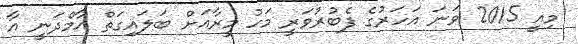
މިއީ 2015 ވަނަ އަހަރުގެ ފެބުރުވަރީ މަހު މީރާއަށް ބަލައިގަތް އާމްދަނީ އާ